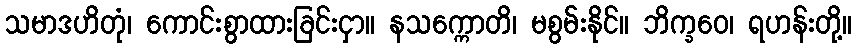
သမာဒဟိတုံ၊ ကောင်းစွာထားခြင်းငှာ။ နသက္ကောတိ၊ မစွမ်းနိုင်။ ဘိက္ခဝေ၊ ရဟန်းတို့။